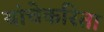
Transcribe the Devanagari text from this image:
यांचेकरिता